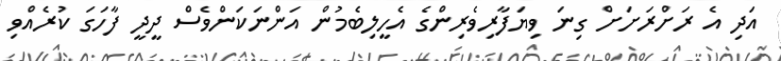
އަދި އެ ރަށްރަށަށް ގިނަ ވިޔަފާރިވެރިންގެ އެހީލިބެމުން އަންނަކަންވެސް ދީދީ ފާހަގަ ކުރެއްވި